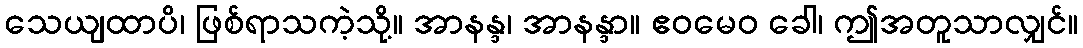
သေယျထာပိ၊ ဖြစ်ရာသကဲ့သို့။ အာနန္ဒ၊ အာနန္ဒာ။ ဧဝမေဝ ခေါ၊ ဤအတူသာလျှင်။